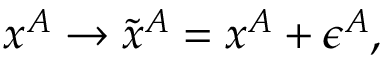
x ^ { A } \rightarrow \tilde { x } ^ { A } = x ^ { A } + \epsilon ^ { A } ,